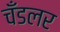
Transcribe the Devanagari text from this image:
चँडलर